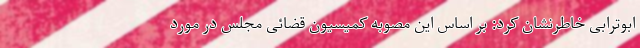
ابوترابی خاطرنشان کرد: بر اساس این مصوبه کمیسیون قضائی مجلس در مورد